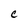
Character: C